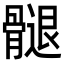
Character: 𮪲